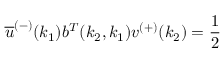
\overline { { { u } } } ^ { ( - ) } ( k _ { 1 } ) b ^ { T } ( k _ { 2 } , k _ { 1 } ) v ^ { ( + ) } ( k _ { 2 } ) = \frac { 1 } { 2 }